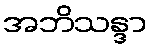
အဘိသန္ဒာ